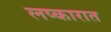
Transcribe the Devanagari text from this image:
लष्कारात